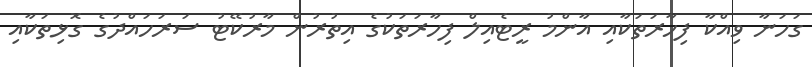
ގަހަނާ ވިއްކާ ފިހާރަތަކާއި އާންމު ރީޓެއިލް ފިހާރަތަކުގެ އިތުރުން މާރުކޭޓު ސަރަހައްދުގެ ގޮޅިތަކާއި